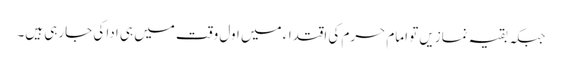
جبکہ بقیہ نمازیں تو امام حرم کی اقتداء میں اول وقت میں ہی ادا کی جارہی ہیں۔